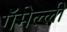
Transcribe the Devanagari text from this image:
गॅमेल्ली